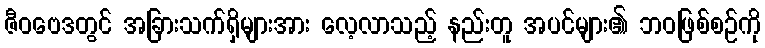
ဇီဝဗေဒတွင် အခြားသက်ရှိများအား လေ့လာသည့် နည်းတူ အပင်များ၏ ဘဝဖြစ်စဉ်ကို